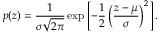
p ( z ) = \frac { 1 } { \sigma \sqrt { 2 \pi } } \exp \left[ - \frac { 1 } { 2 } \left( \frac { z - \mu } { \sigma } \right) ^ { 2 } \right] .